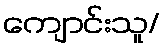
ကျောင်းသူ/